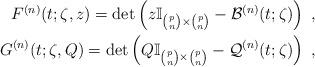
LaTeX: \begin{align*}\begin{aligned}F^{(n)}(t;\zeta,z)=\det\left(z\mathbb{I}_{\binom{p}{n}\times \binom{p}{n}}-\mathcal{B}^{(n)}(t;\zeta)\right)\ ,\\G^{(n)}(t;\zeta,Q)=\det\left(Q\mathbb{I}_{\binom{p}{n} \times \binom{p}{n}}-\mathcal{Q}^{(n)}(t;\zeta)\right)\ ,\\\end{aligned}\end{align*}